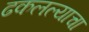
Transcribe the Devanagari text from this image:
ढकलल्याचा